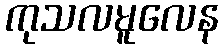
ကုသလမူလေန